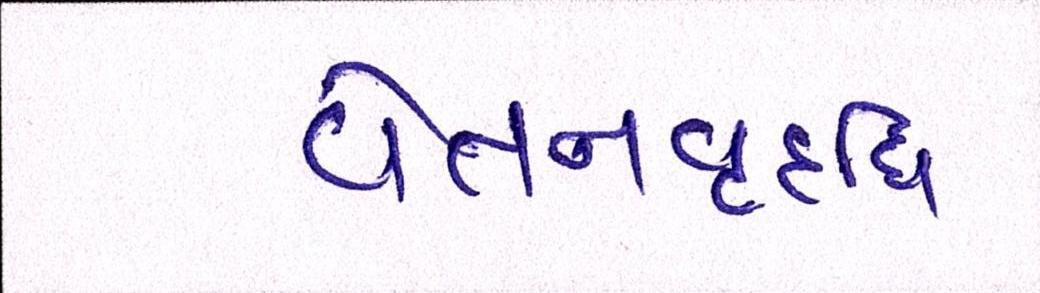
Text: વેતનવૃદ્ધિ